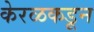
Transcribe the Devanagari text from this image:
केरळकडून